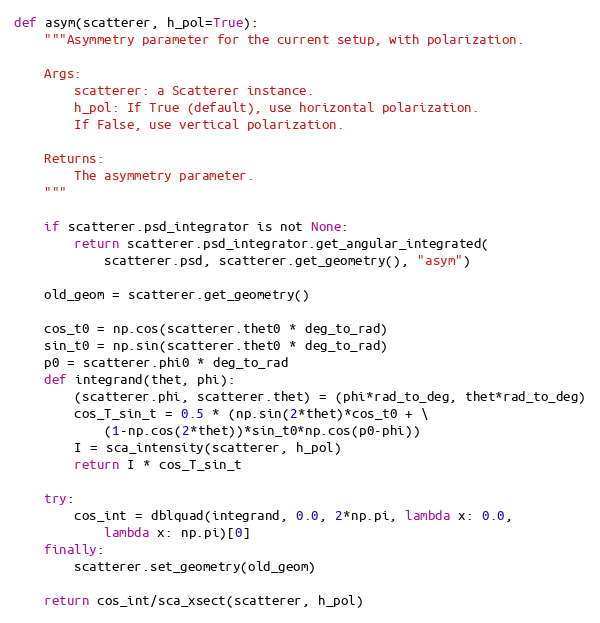
Language: Python
def asym(scatterer, h_pol=True):
    """Asymmetry parameter for the current setup, with polarization.

    Args:
        scatterer: a Scatterer instance.
        h_pol: If True (default), use horizontal polarization.
        If False, use vertical polarization.

    Returns:
        The asymmetry parameter.
    """

    if scatterer.psd_integrator is not None:
        return scatterer.psd_integrator.get_angular_integrated(
            scatterer.psd, scatterer.get_geometry(), "asym")

    old_geom = scatterer.get_geometry()

    cos_t0 = np.cos(scatterer.thet0 * deg_to_rad)
    sin_t0 = np.sin(scatterer.thet0 * deg_to_rad)
    p0 = scatterer.phi0 * deg_to_rad
    def integrand(thet, phi):
        (scatterer.phi, scatterer.thet) = (phi*rad_to_deg, thet*rad_to_deg)
        cos_T_sin_t = 0.5 * (np.sin(2*thet)*cos_t0 + \
            (1-np.cos(2*thet))*sin_t0*np.cos(p0-phi))
        I = sca_intensity(scatterer, h_pol)
        return I * cos_T_sin_t

    try:
        cos_int = dblquad(integrand, 0.0, 2*np.pi, lambda x: 0.0,
            lambda x: np.pi)[0]
    finally:
        scatterer.set_geometry(old_geom)

    return cos_int/sca_xsect(scatterer, h_pol)